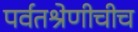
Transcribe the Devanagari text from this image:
पर्वतश्रेणीचीच